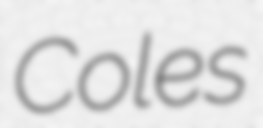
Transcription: Coles